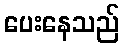
ပေးနေသည်